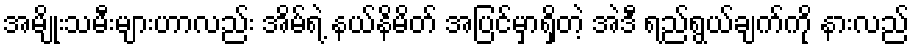
အမျိုးသမီးများဟာလည်း အိမ်ရဲ့ နယ်နိမိတ် အပြင်မှာရှိတဲ့ အဲဒီ ရည်ရွယ်ချက်ကို နားလည်